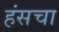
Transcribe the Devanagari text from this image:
हंसचा